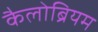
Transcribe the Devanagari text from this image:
कैलोब्रियम